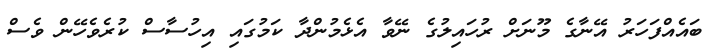
ބައެއްފަހަރު އޭނާގެ މޫނަށް ރުހައިލުގެ ނޭވާ އެޅެމުންދާ ކަމުގައި އިހުސާސް ކުރެވެހޭން ވެސް